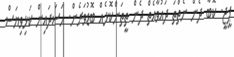
ޕީޖީ. ކޮބާ ދެން ނެތްތަ ދައުވާއެތް ދެން ތީތަންކޮޅެއް ބޮޑުވަރެން. ހަސަދައިން ކަޅިވިޔަސް